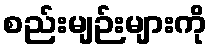
စည်းမျဉ်းများကို